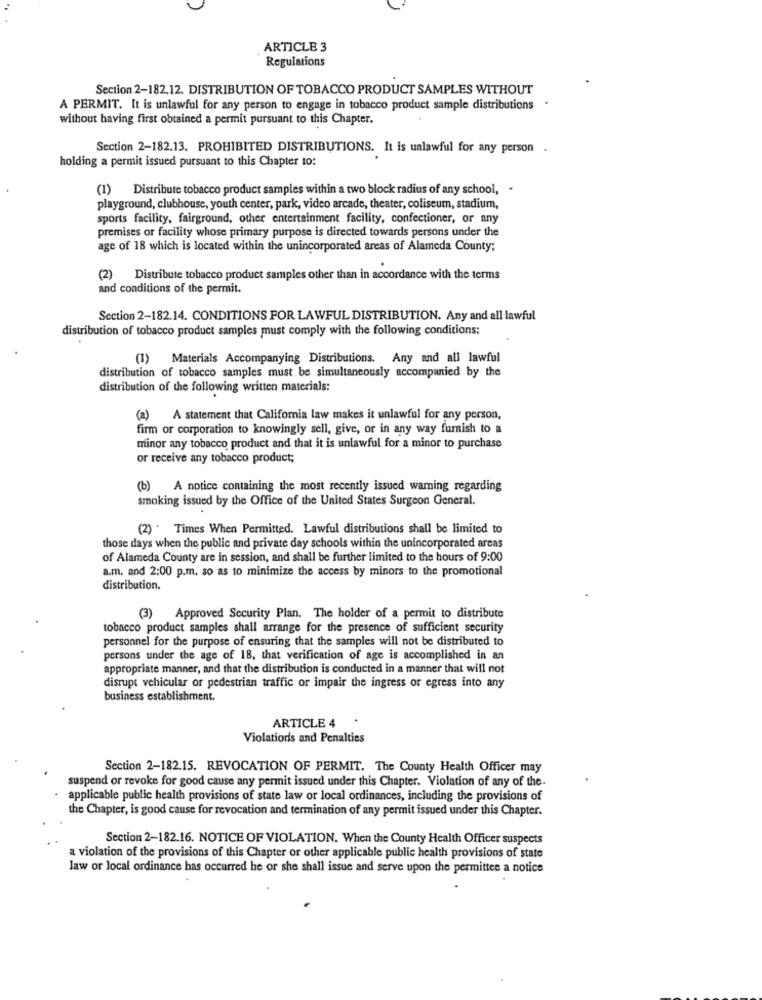
ARTICLE 3
Regulations
Section 2-182.12. DISTRIBUTION OF TOBACCO PRODUCT SAMPLES WITHOUT
A PERMIT. It is unlawful for any person to engage in tobacco product sample distributions
without having first obtained a permit pursuant to this Chapter.
Section 2-182.13. PROHIBITED DISTRIBUTIONS. It is unlawful for any person .
holding a permit issued pursuant to this Chapter to:
(1) Distribute tobacco product samples within a two block radius of any school, .
playground, clubhouse, youth center, park, video arcade, theater, coliseum, stadium,
sports facility, fairground, other entertainment facility, confectioner, or any
premises or facility whose primary purpose is directed towards persons under the
age of 18 which is located within the unincorporated areas of Alameda County;
(2) Distribute tobacco product samples other than in accordance with the terms
and conditions of the permit.
Section 2-182.14. CONDITIONS FOR LAWFUL DISTRIBUTION. Any and all lawful
distribution of tobacco product samples must comply with the following conditions:
(1) Materials Accompanying Distributions. Any and all lawful
distribution of tobacco samples must be simultaneously accompanied by the
distribution of the following written materials:
(a) A statement that California law makes it unlawful for any person,
firm or corporation to knowingly sell, give, or in any way furnish to a
minor any tobacco product and that it is unlawful for a minor to purchase
or receive any tobacco product;
(b) A notice containing the most recently issued warning regarding
smoking issued by the Office of the United States Surgeon General.
(2) . Times When Permitted. Lawful distributions shall be limited to
those days when the public and private day schools within the unincorporated areas
of Alameda County are in session, and shall be further limited to the hours of 9:00
a.m. and 2:00 p.m. so as to minimize the access by minors to the promotional
distribution.
(3) Approved Security Plan. The holder of a permit to distribute
tobacco product samples shall arrange for the presence of sufficient security
personnel for the purpose of ensuring that the samples will not be distributed to
persons under the age of 18, that verification of age is accomplished in an
appropriate manner, and that the distribution is conducted in a manner that will not
disrupt vehicular or pedestrian traffic or impair the ingress or egress into any
business establishment.
ARTICLE 4
Violations and Penalties
Section 2-182.15. REVOCATION OF PERMIT. The County Health Officer may
suspend or revoke for good cause any permit issued under this Chapter. Violation of any of the.
applicable public health provisions of state law or local ordinances, including the provisions of
the Chapter, is good cause for revocation and termination of any permit issued under this Chapter.
Section 2-182.16. NOTICE OF VIOLATION. When the County Health Officer suspects
a violation of the provisions of this Chapter or other applicable public health provisions of state
law or local ordinance has occurred he or she shall issue and serve upon the permittee a notice